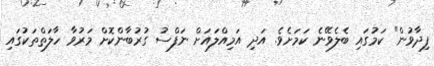
ފިދާވުން" ކަމުގައި ބެލެވޭނެ ކަމަށެވެ. އަދި އަމިއްލައަށް ނަފްސު ގުރުބާންކޮށް މަރުވާ ހާލަތްތަކުގައި